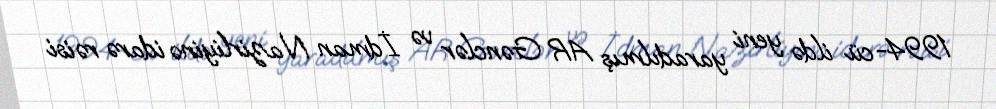
1994-cü ildə yeni yaradılmış AR Gənclər və İdman Nazirliyinə idarə rəisi